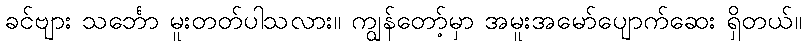
ခင်ဗျား သင်္ဘော မူးတတ်ပါသလား။ ကျွန်တော့်မှာ အမူးအမော်ပျောက်ဆေး ရှိတယ်။